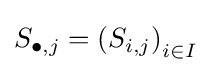
S_{\bullet ,j}=\left(S_{i,j}\right)_{i\in I}